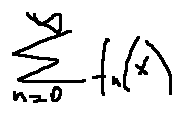
\sum \limits _ { n = 0 } ^ { \infty } f _ { n } ( x )